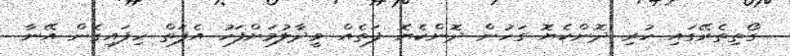
ގޯތިތެރޭގައި ހުރި ދޮންކެޔޮ ގަހުން ދޮންކެޔޮ ފަތެއް ވީދާލުމަށްފަހު އެފަތް ހިފައިގެން އޭނާ